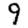
Digit: 9